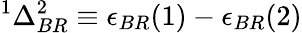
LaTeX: ^{1}\Delta_{BR}^{2}\equiv\epsilon_{BR}(1)-\epsilon_{BR}(2)